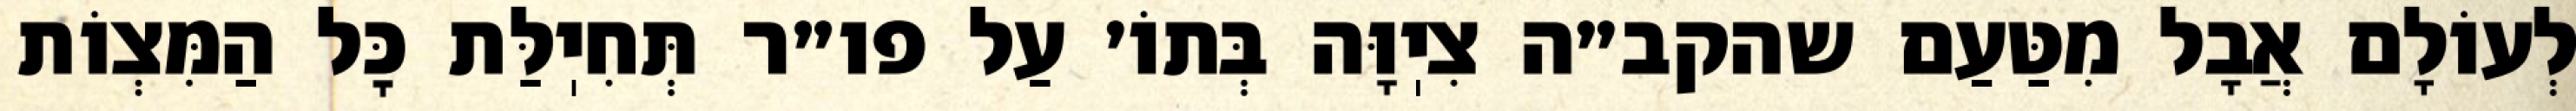
לְעוֹלָם אֲבָל מִטַּעַם שהקב״ה צִיֽוָּה בְּתוֹ׳ עַל פו״ר תְּחִיֽלַּת כׇּל הַמִּצְוֹת